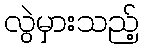
လွဲမှားသည့်